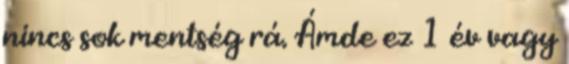
nincs sok mentség rá. Ámde ez 1 év vagy